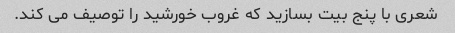
شعری با پنج بیت بسازید که غروب خورشید را توصیف می کند.